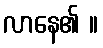
လာနေ၏ ။